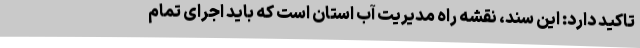
تاکید دارد: این سند، نقشه راه مدیریت آب استان است که باید اجرای تمام